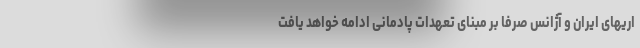
اریهای ایران و آژانس صرفا بر مبنای تعهدات پادمانی ادامه خواهد یافت